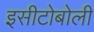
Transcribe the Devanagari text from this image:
इसीटोबोली